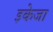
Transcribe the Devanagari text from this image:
इकेजा